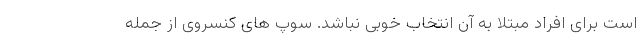
است برای افراد مبتلا به آن انتخاب خوبی نباشد. سوپ های کنسروی از جمله